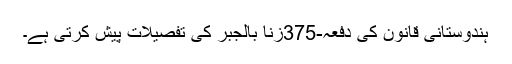
ہندوستانی قانون کی دفعہ-375زنا بالجبر کی تفصیلات پیش کرتی ہے۔